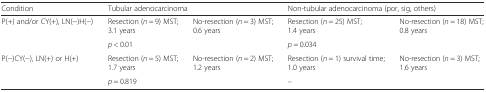
<table><thead><tr><td><b>Condition</b></td><td colspan="2"><b>Tubular adenocarcinoma</b></td><td colspan="2"><b>Non-tubular adenocarcinoma (por, sig, others)</b></td></tr></thead><tbody><tr><td rowspan="2">P(+) and/or CY(+), LN(−)H(−)</td><td>Resection (<i>n</i> = 9) MST; 3.1 years</td><td>No-resection (<i>n</i> = 3) MST; 0.6 years</td><td>Resection (<i>n</i> = 25) MST; 1.4 years</td><td>No-resection (<i>n</i> = 18) MST; 0.8 years</td></tr><tr><td colspan="2"><i>p</i> &lt; 0.01</td><td colspan="2"><i>p</i> = 0.034</td></tr><tr><td rowspan="2">P(−)CY(−), LN(+) or H(+)</td><td>Resection (<i>n</i> = 5) MST; 1.7 years</td><td>No-resection (<i>n</i> = 2) MST; 1.2 years</td><td>Resection (<i>n</i> = 1) survival time; 1.0 years</td><td>No-resection (<i>n</i> = 3) MST; 1.6 years</td></tr><tr><td colspan="2"><i>p</i> = 0.819</td><td colspan="2">–</td></tr></tbody></table>